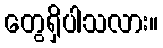
တွေရှိပါသလား။